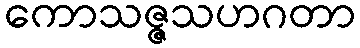
ကောသဇ္ဇသဟဂတာ